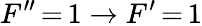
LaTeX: F^{\prime\prime}\, {=}\, 1\rightarrow F^{\prime}\, {=}\, 1